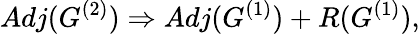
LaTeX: Adj(G^{(2)})\Rightarrow Adj(G^{(1)})+R(G^{(1)}),